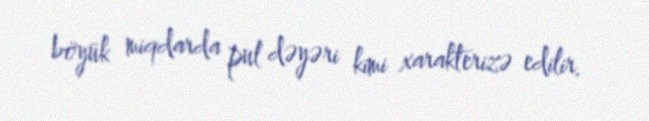
böyük miqdarda pul dəyəri kimi xarakterizə edilir.